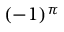
( - 1 ) ^ { \pi }